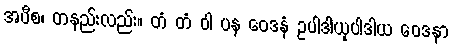
အပီစ၊ တနည်းလည်း။ တံ တံ ဝါ ပန ဝေဒနံ ဥပါဒါယုပါဒါယ ဝေဒနာ